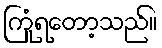
ကြုံရတော့သည်။